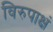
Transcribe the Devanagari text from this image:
विरुपाक्षं